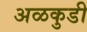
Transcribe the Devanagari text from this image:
अळकुडी